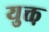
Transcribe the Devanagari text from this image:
युक्त़